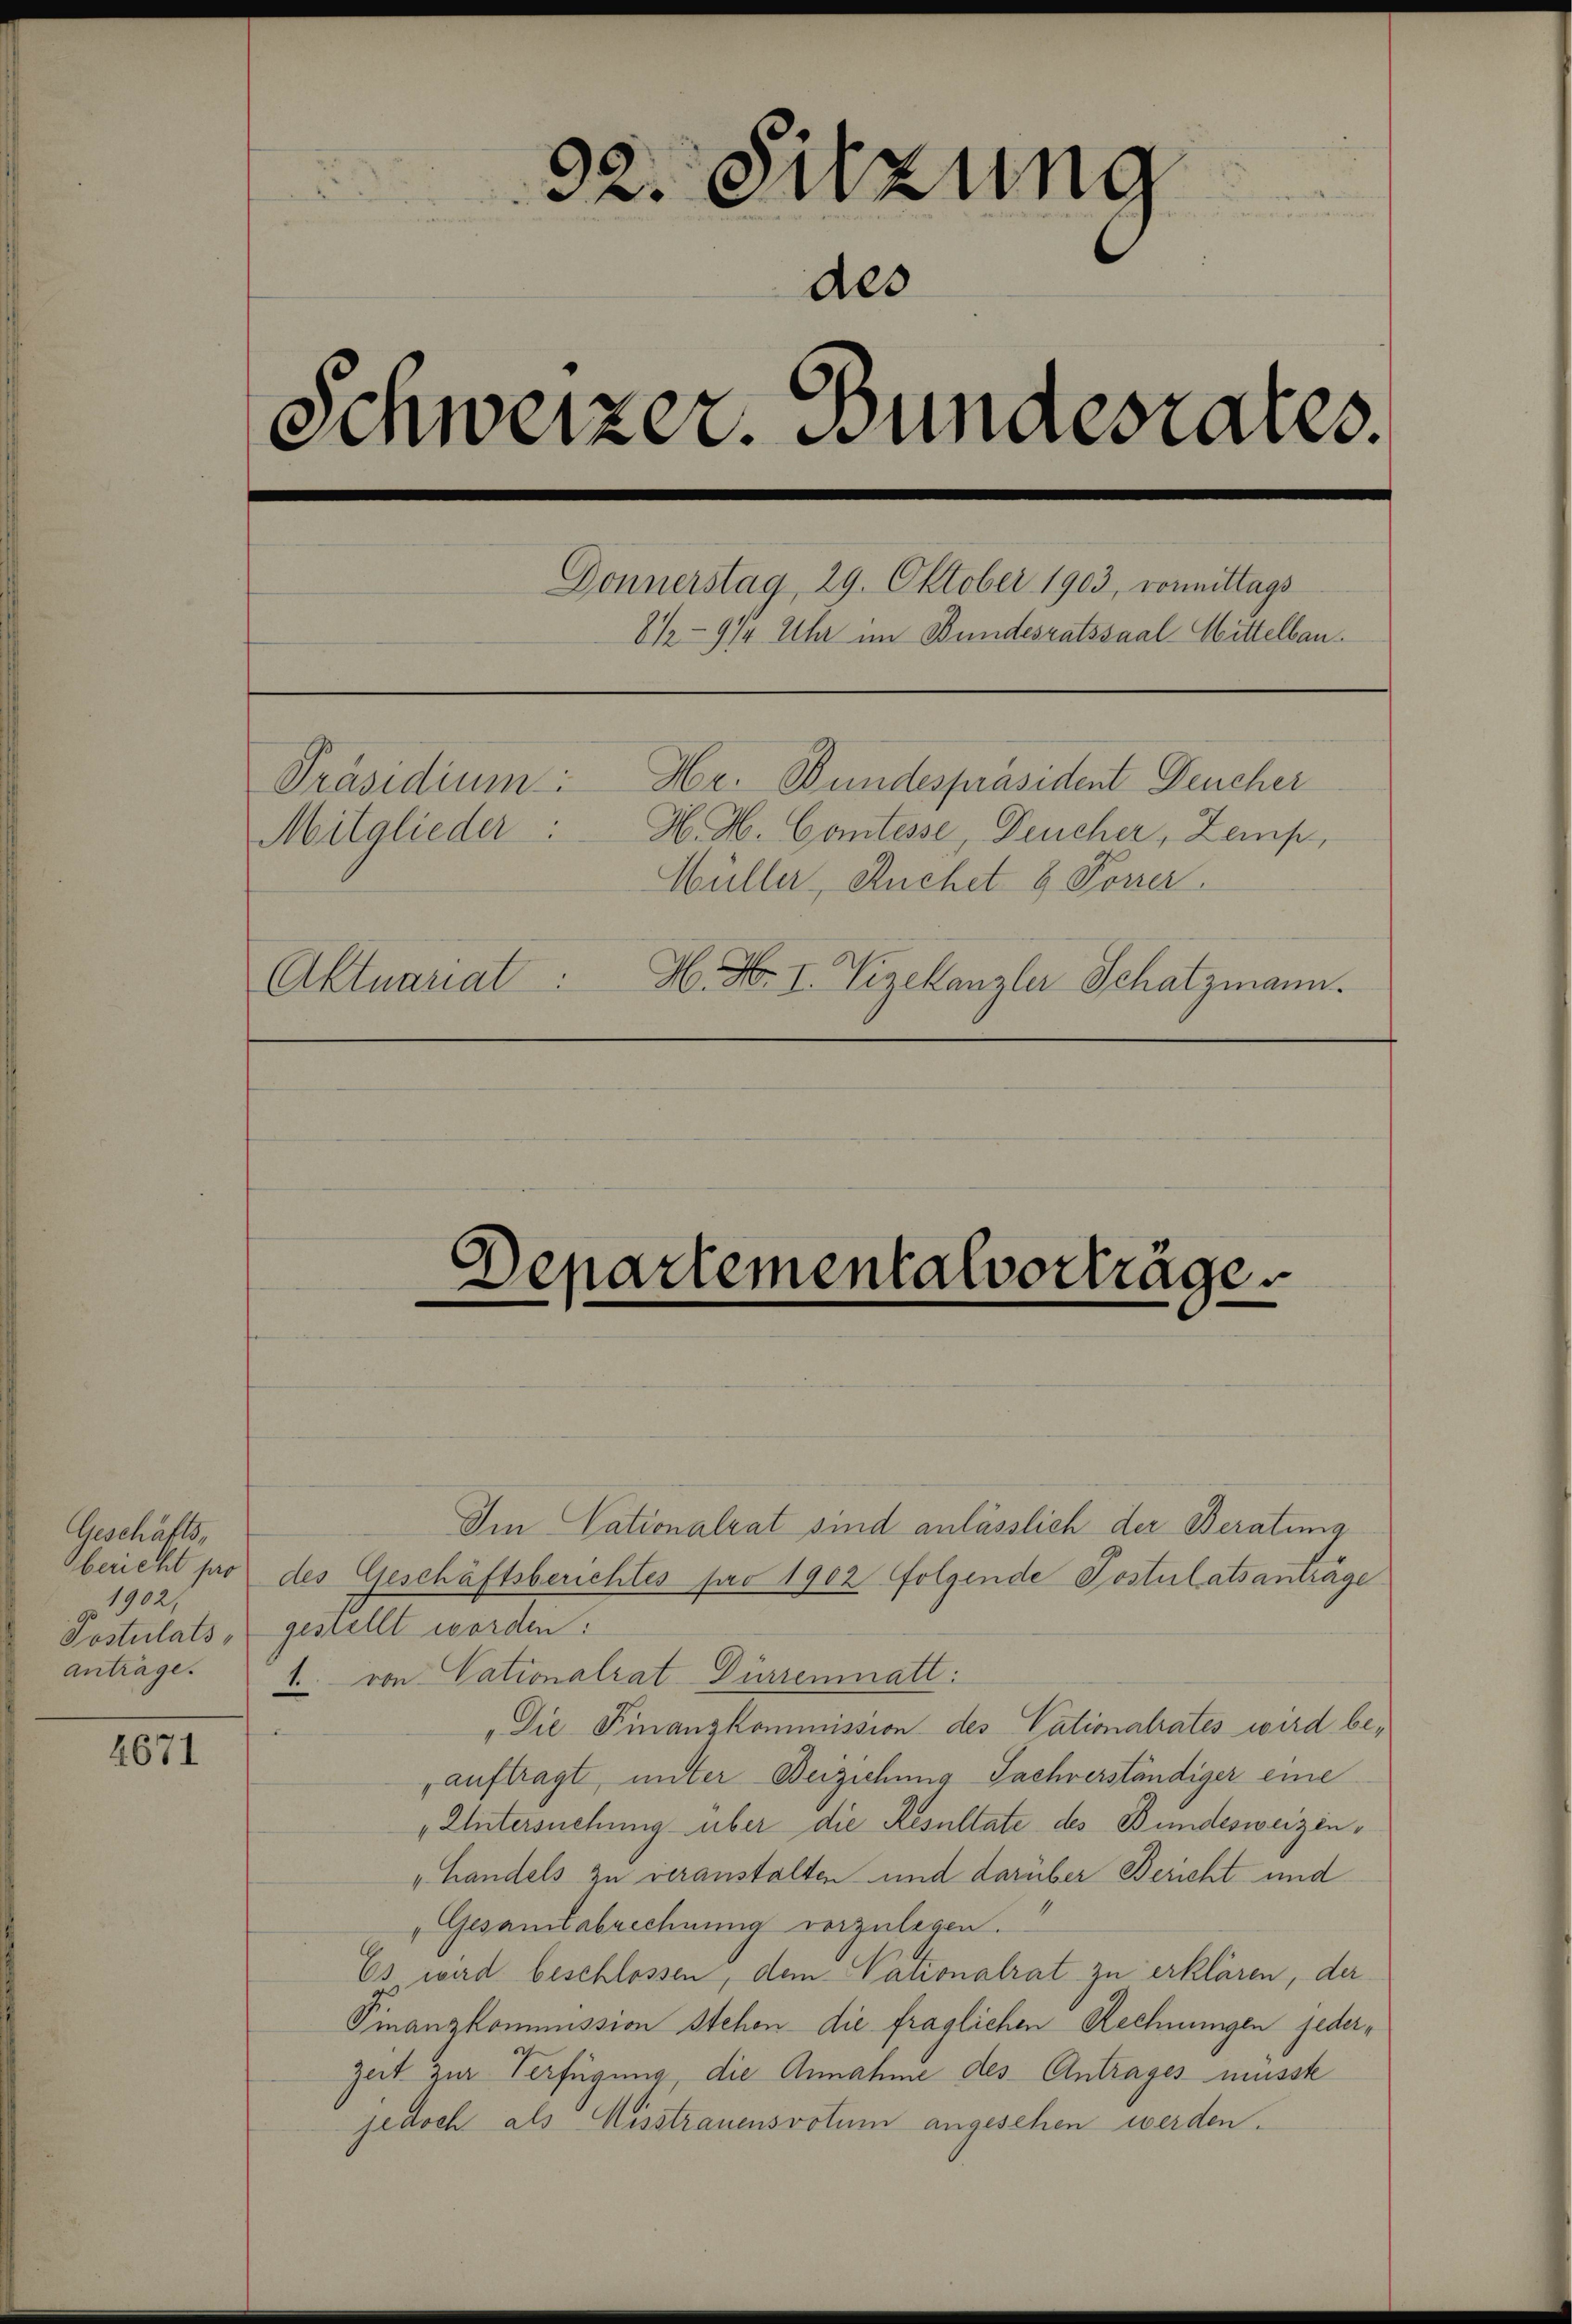
Geschäfts,
1902,
Postulats,
anträge.

4671

32. Sitzung
des
Schweizer. Bundesrates.

Donnerstag 29. Oktober 1903, vormittags
8½- 974 Uhr im Bundesratssaal-Mittelbau.
Hr. Bundespräsident Deucher
Präsidium
H. H. Contesse, Deucher, Zemp,
Mitglieder
Wüller, Ruchet 8 Porrer.
H. H. II. Vizekanzler Schatzmann.
Aktuariat

Departementalvorträge.

Im Nationalrat sind anlässlich der Beratung
bericht pro des Geschäftsberichtes pro 1902 folgende Postulatsanträge
gestellt worden.
1. von Nationalrat Dürrenmatt:
"Die Finanzkommission des Cationalrates wird be¬
.
„auftragt, unter Beiziehung Sachverständiger eine
"Untersuchung über die Resultate des Bundesweizen¬
„Handels zu veranstalten und darüber Bericht und
Gesamtabrechnung vorzulegen.
Es wird beschlossen, dem Vationalrat zu erklären, der
Finanzkommission stehen die fraglichen Rechnungen jeder¬
Zeit zur Verfügung, die Annahme des Antrages müsste
jedoch als Misstrauensvotum angesehen werden.